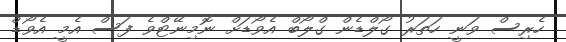
ހެރިސް ވަނީ ހަތަރު ގޯލްޑެން ގްލޯބް އެވޯޑަށް ނޮމިނޭޓްވެ ފަސް އެމީ އެވޯޑް